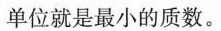
单位就是最小的质数。